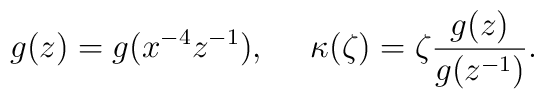
g(z)=g(x^{-4}z^{-1}), ~~~~ \kappa (\zeta )=\zeta \frac{g(z)}{g(z^{-1})}.